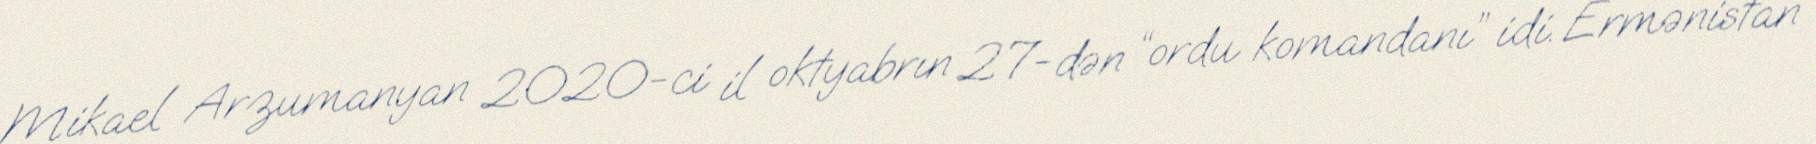
Mikael Arzumanyan 2020-ci il oktyabrın 27-dən “ordu komandanı” idi. Ermənistan